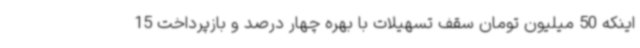
اینکه 50 میلیون تومان سقف تسهیلات با بهره چهار درصد و بازپرداخت 15